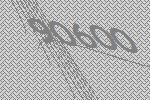
90600